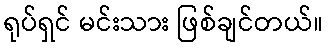
ရုပ်ရှင် မင်းသား ဖြစ်ချင်တယ်။